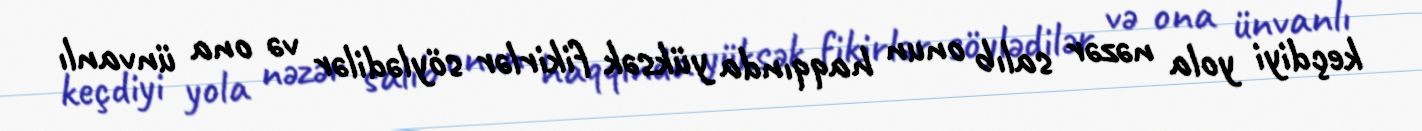
keçdiyi yola nəzər salıb onun haqqında yüksək fikirlər söylədilər və ona ünvanlı